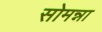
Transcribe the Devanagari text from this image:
सोमन्ना